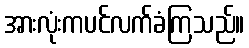
အားလုံးကပင်လက်ခံကြသည်။